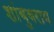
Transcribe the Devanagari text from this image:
शांबुवराय